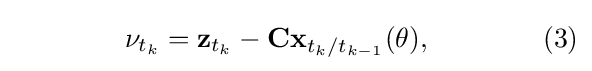
\qquad \qquad \nu _{t_{k}}=\mathbf {z} _{t_{k}}-\mathbf {Cx} _{{t_{k}}/{t_{k-1}}}(\theta ),\qquad \qquad (3)